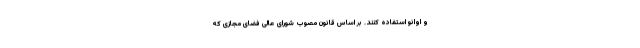
و اوانو استفاده کنند. بر اساس قانون مصوب شورای عالی فضای مجازی که